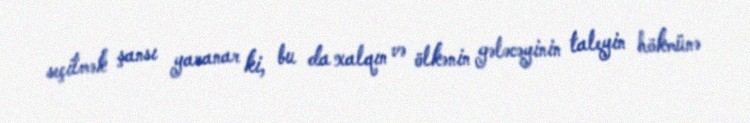
seçilmək şansı yaranar ki, bu da xalqın və ölkənin gələcəyinin taleyin hökmünə